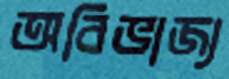
অবিভাজ্য